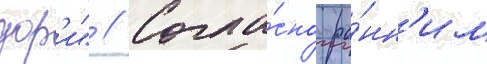
дор'и" // Согла́сно ра́нн'им